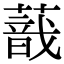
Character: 𦺿